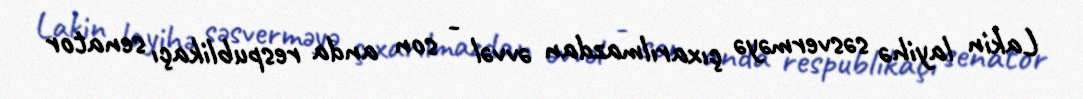
Lakin layihə səsverməyə çıxarılmazdan əvvəl - son anda respublikaçı senator